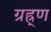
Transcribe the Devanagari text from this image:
ग्रह्र्ण